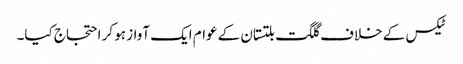
ٹیکس کے خلاف گلگت بلتستان کے عوام ایک آواز ہو کر احتجاج کیا۔